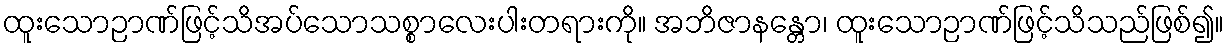
ထူးသောဉာဏ်ဖြင့်သိအပ်သောသစ္စာလေးပါးတရားကို။ အဘိဇာနန္တော၊ ထူးသောဉာဏ်ဖြင့်သိသည်ဖြစ်၍။